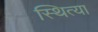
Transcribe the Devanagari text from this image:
स्थित्या